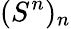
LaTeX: (S^{n})_{n}